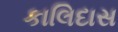
કાલિદાસ